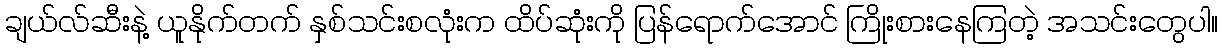
ချယ်လ်ဆီးနဲ့ ယူနိုက်တက် နှစ်သင်းစလုံးက ထိပ်ဆုံးကို ပြန်ရောက်အောင် ကြိုးစားနေကြတဲ့ အသင်းတွေပါ။